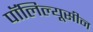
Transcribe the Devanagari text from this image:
पॉलिल्यूसीन